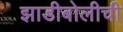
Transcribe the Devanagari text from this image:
झाडीबोलीची